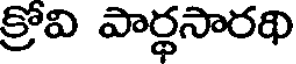
క్రోవి పార్థసారథి